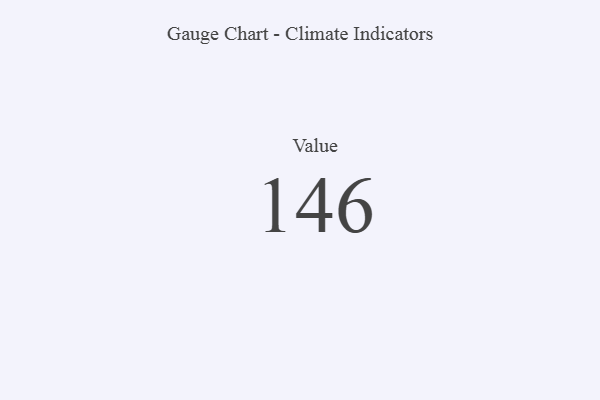
{"axis": {"x": "Metric", "y": "Value"}, "legend": [""], "data": [{"x": "Value", "y": 146, "type": ""}]}